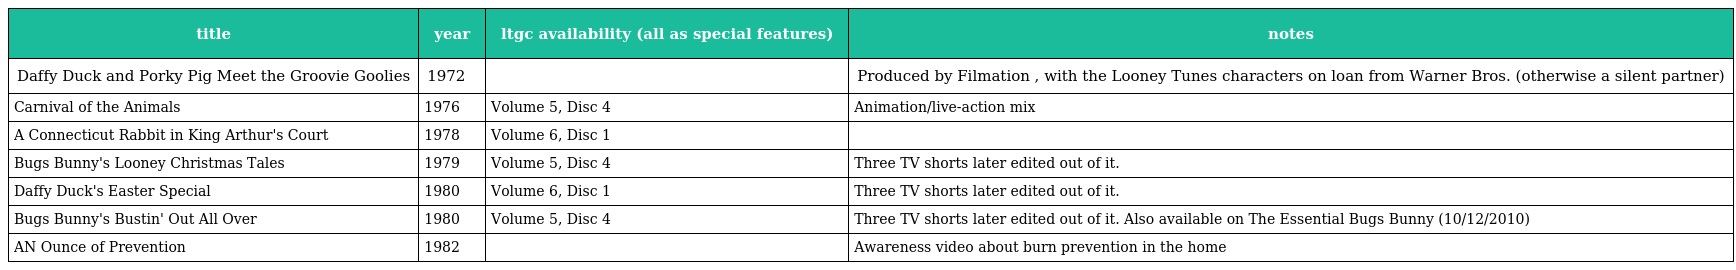
| title | year | ltgc availability (all as special features) | notes |
 | --- | --- | --- | --- |
 | Daffy Duck and Porky Pig Meet the Groovie Goolies | 1972 |  | Produced by Filmation , with the Looney Tunes characters on loan from Warner Bros. (otherwise a silent partner) |
 | Carnival of the Animals | 1976 | Volume 5, Disc 4 | Animation/live-action mix |
 | A Connecticut Rabbit in King Arthur's Court | 1978 | Volume 6, Disc 1 |  |
 | Bugs Bunny's Looney Christmas Tales | 1979 | Volume 5, Disc 4 | Three TV shorts later edited out of it. |
 | Daffy Duck's Easter Special | 1980 | Volume 6, Disc 1 | Three TV shorts later edited out of it. |
 | Bugs Bunny's Bustin' Out All Over | 1980 | Volume 5, Disc 4 | Three TV shorts later edited out of it. Also available on The Essential Bugs Bunny (10/12/2010) |
 | AN Ounce of Prevention | 1982 |  | Awareness video about burn prevention in the home |